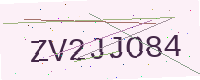
Text: ZV2JJO84